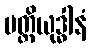
ပတ္တိယုဒ္ဓါနံ